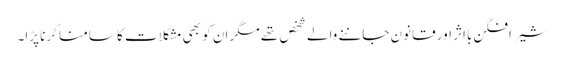
شیر افگن بااثر اور قانون جاننے والے شخص تھے مگر ان کو بھی مشکلات کا سامنا کرنا پڑا۔